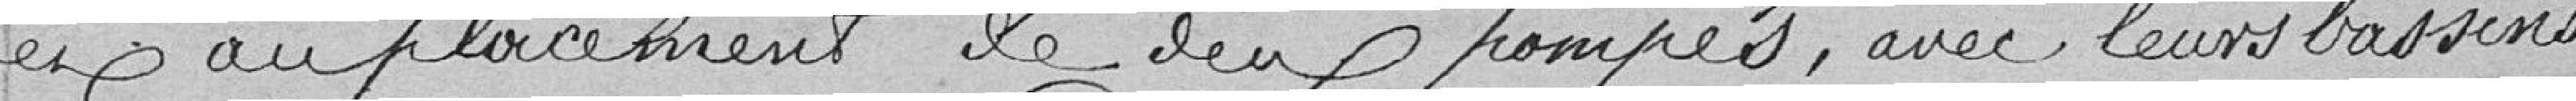
et au placement de deux pompes, avec leurs bassins